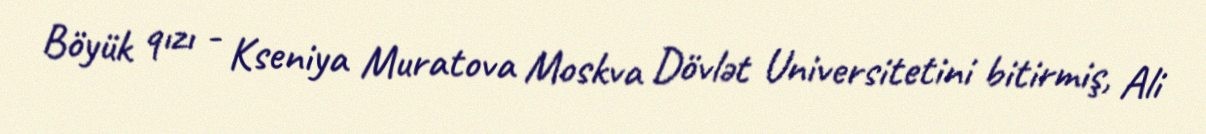
Böyük qızı - Kseniya Muratova Moskva Dövlət Universitetini bitirmiş, Ali